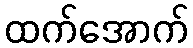
ထက်အောက်